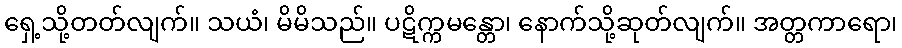
ရှေ့သို့တတ်လျက်။ သယံ၊ မိမိသည်။ ပဋိက္ကမန္တော၊ နောက်သို့ဆုတ်လျက်။ အတ္တကာရော၊